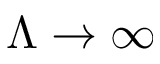
\Lambda \to \infty